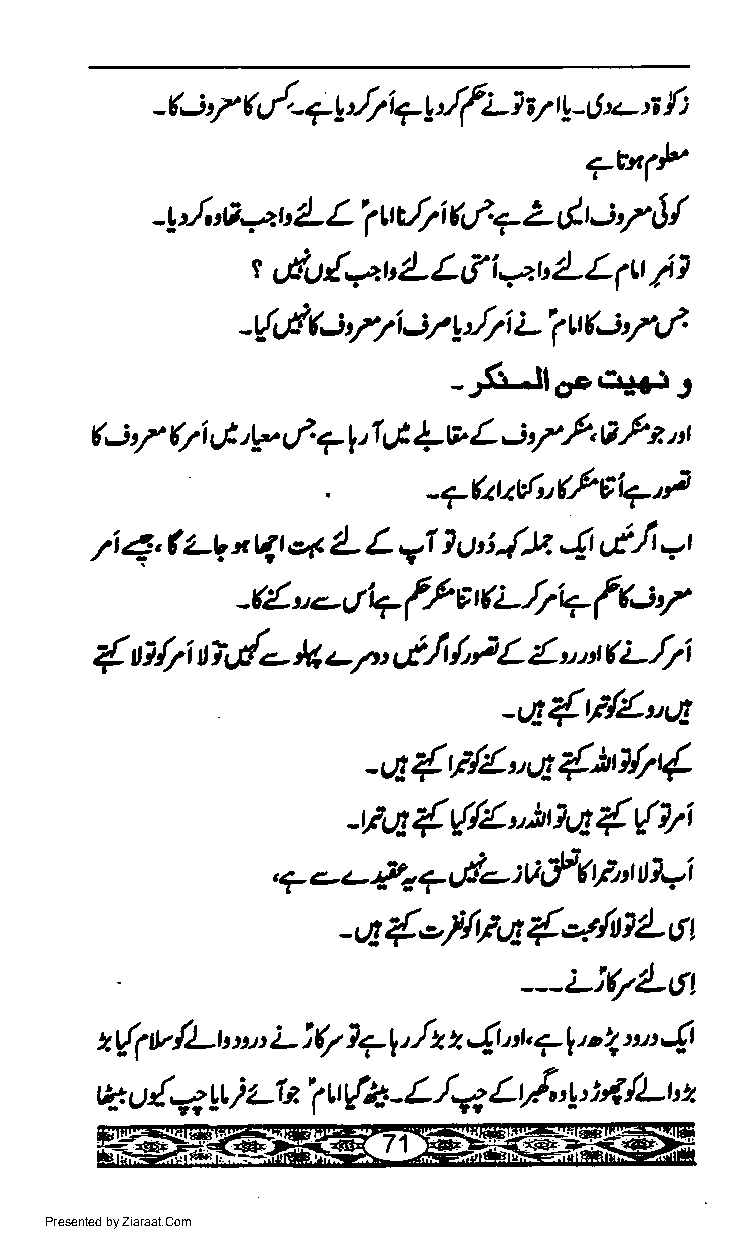
-c.i'1 r'./. *y Jt Q
 !
 JfLl  y tr -' 11'-'i {;
 ?ENP9
 t                ;'f  /
 4J'a4'
 4-    ue,|i 4./=- 2- &t J
 7
 t'iu{*uLL&iart2-Lfl       l}
 {rlr-: fil-:r  J7i L i tt{J 4vt
 t
 .-.r. ,
 _ .fr-Jl oc   '
 (iV                        i'/,t   fr'l
 Qi g'r7 et?l'I 0t +v L       A
 '
 -7(ttzd"Lf'6+'t
 7i 4, ?z-q t qt c4 4- L rl 1 U'i.{.ta, 4,-t'lt,-',
 $'/
 I  fl  ( L.r/+ f
 -tL,.-er
 E
 /   t,
 {  n /7i tti,.d- }A - rt tt lt /' L rt ( L.//i
 -.4{F{1,,4
 -*{Ell'q{'tt{74
 -na{{/l'}ttq{{Yi
 , 7 - u {- a vd- : V,f f E tt tll i
 -s1{-7/gc6{-:itlLct
 ---;-l(7i!-Ct
 {t
 *{1v/Lt'    L i(7 }7l    {r nt 7l r'q u':
 ",             z,
 "rz,
 /*
 {nq  i t\a'1 u{+ L    Lt/-'L rt( lLh z
 %,t     tt          -
 Presented by Ziaraat.Com